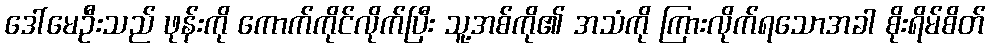
ဒေါ်မေဦးသည် ဖုန်းကို ကောက်ကိုင်လိုက်ပြီး သူ့အစ်ကို၏ အသံကို ကြားလိုက်ရသောအခါ စိုးရိမ်စိတ်